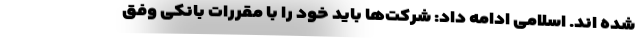
شده اند. اسلامی ادامه داد: شرکت‌ها باید خود را با مقررات بانکی وفق